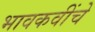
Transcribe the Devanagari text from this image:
भावकवींचे